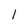
Character: l